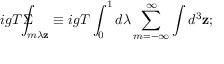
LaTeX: i g T \Sigma \! \! \! \! \! \! \int _ { m \lambda \mathbf { z } } \equiv i g T \int _ { 0 } ^ { 1 } d \lambda \sum _ { m = - \infty } ^ { \infty } \int d ^ { 3 } \mathbf { z ; }